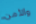
والأمن